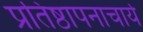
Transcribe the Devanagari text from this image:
प्रतिष्ठापनाचार्य